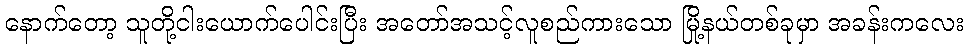
နောက်တော့ သူတို့ငါးယောက်ပေါင်းပြီး အတော်အသင့်လူစည်ကားသော မြို့နယ်တစ်ခုမှာ အခန်းကလေး